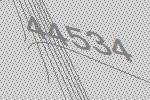
44534